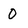
Character: 0